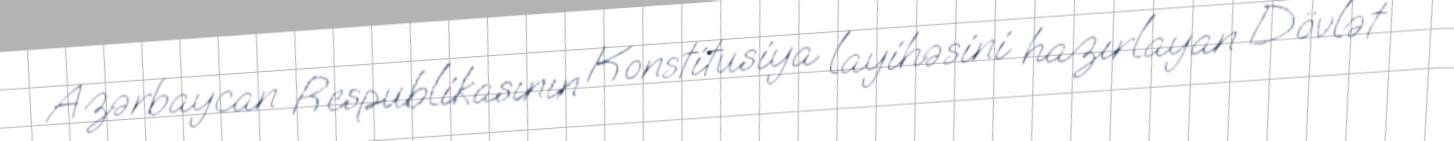
Azərbaycan Respublikasının Konstitusiya layihəsini hazırlayan Dövlət